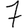
Digit: 7